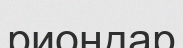
риондар